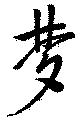
梦